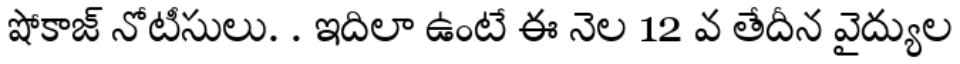
షోకాజ్ నోటీసులు. . ఇదిలా ఉంటే ఈ నెల 12 వ తేదీన వైద్యుల